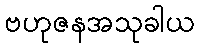
ဗဟုဇနအသုခါယ